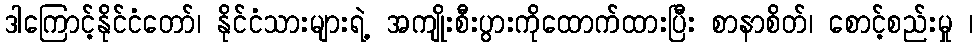
ဒါကြောင့်နိုင်ငံတော်၊ နိုင်ငံသားများရဲ့ အကျိုးစီးပွားကိုထောက်ထားပြီး စာနာစိတ်၊ စောင့်စည်းမှု ၊